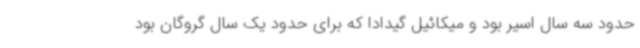
حدود سه سال اسیر بود و میکائیل گیدادا که برای حدود یک سال گروگان بود